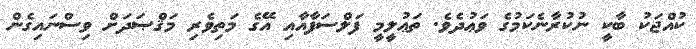
ކުއްޖަކު ބާކީ ނުކުރާނެކަމުގެ ވަޢުދެވެ. ތަޢުލީމީ ފަލްސަފާއާއި އޭގެ މަތިވެރި މަޤްޞަދަށް ވިސްނައިގެން